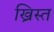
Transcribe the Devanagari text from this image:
ख्रिस्‍त्‍ा